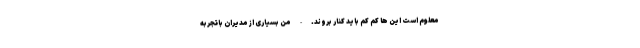
معلوم است این ها کم کم باید کنار بروند. - من بسیاری از مدیران باتجربه